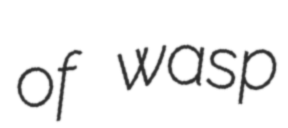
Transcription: of wasp